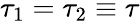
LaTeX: \tau_{1}=\tau_{2}\equiv\tau